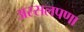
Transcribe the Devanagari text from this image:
अस्सलपणा